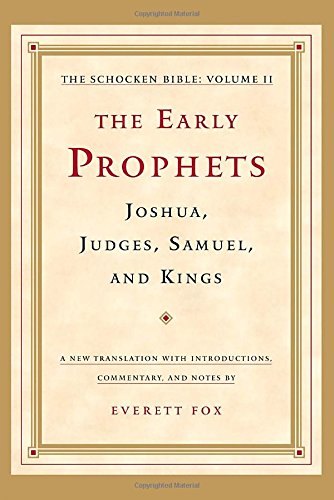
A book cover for The Early Prophets: Joshua, Judges, Samuel, and Kings: The Schocken Bible, Volume II; Religion & Spirituality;